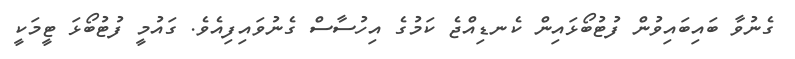
ގެނުވާ ބައިބައިވުން ފުޓުބޯޅައިން ކެނޑިއްޖެ ކަމުގެ އިހުސާސް ގެނުވައިފިއެވެ. ގައުމީ ފުޓުބޯޅަ ޓީމަކީ